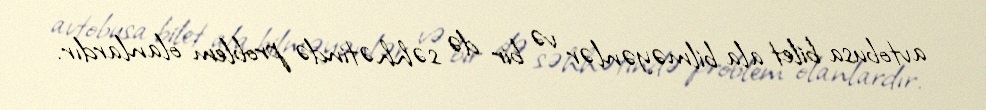
avtobusa bilet ala bilməyənlər və bir də səhhətində problem olanlardır.